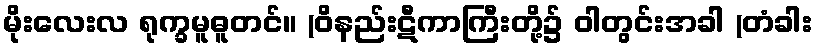
မိုးလေးလ ရုက္ခမူဓူတင်။ (ဝိနည်းဋီကာကြီးတို့၌ ဝါတွင်းအခါ (တံခါး